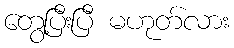
တွေ့ပြီးပြီ မဟုတ်လား